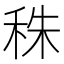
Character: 秼